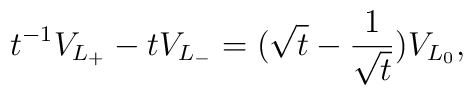
t^{-1}V_{L_{+}}-tV_{L_{-}}=(\sqrt{t}-\frac{1}{\sqrt{t}})V_{L_{0}},